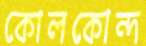
কোলকোন্দ